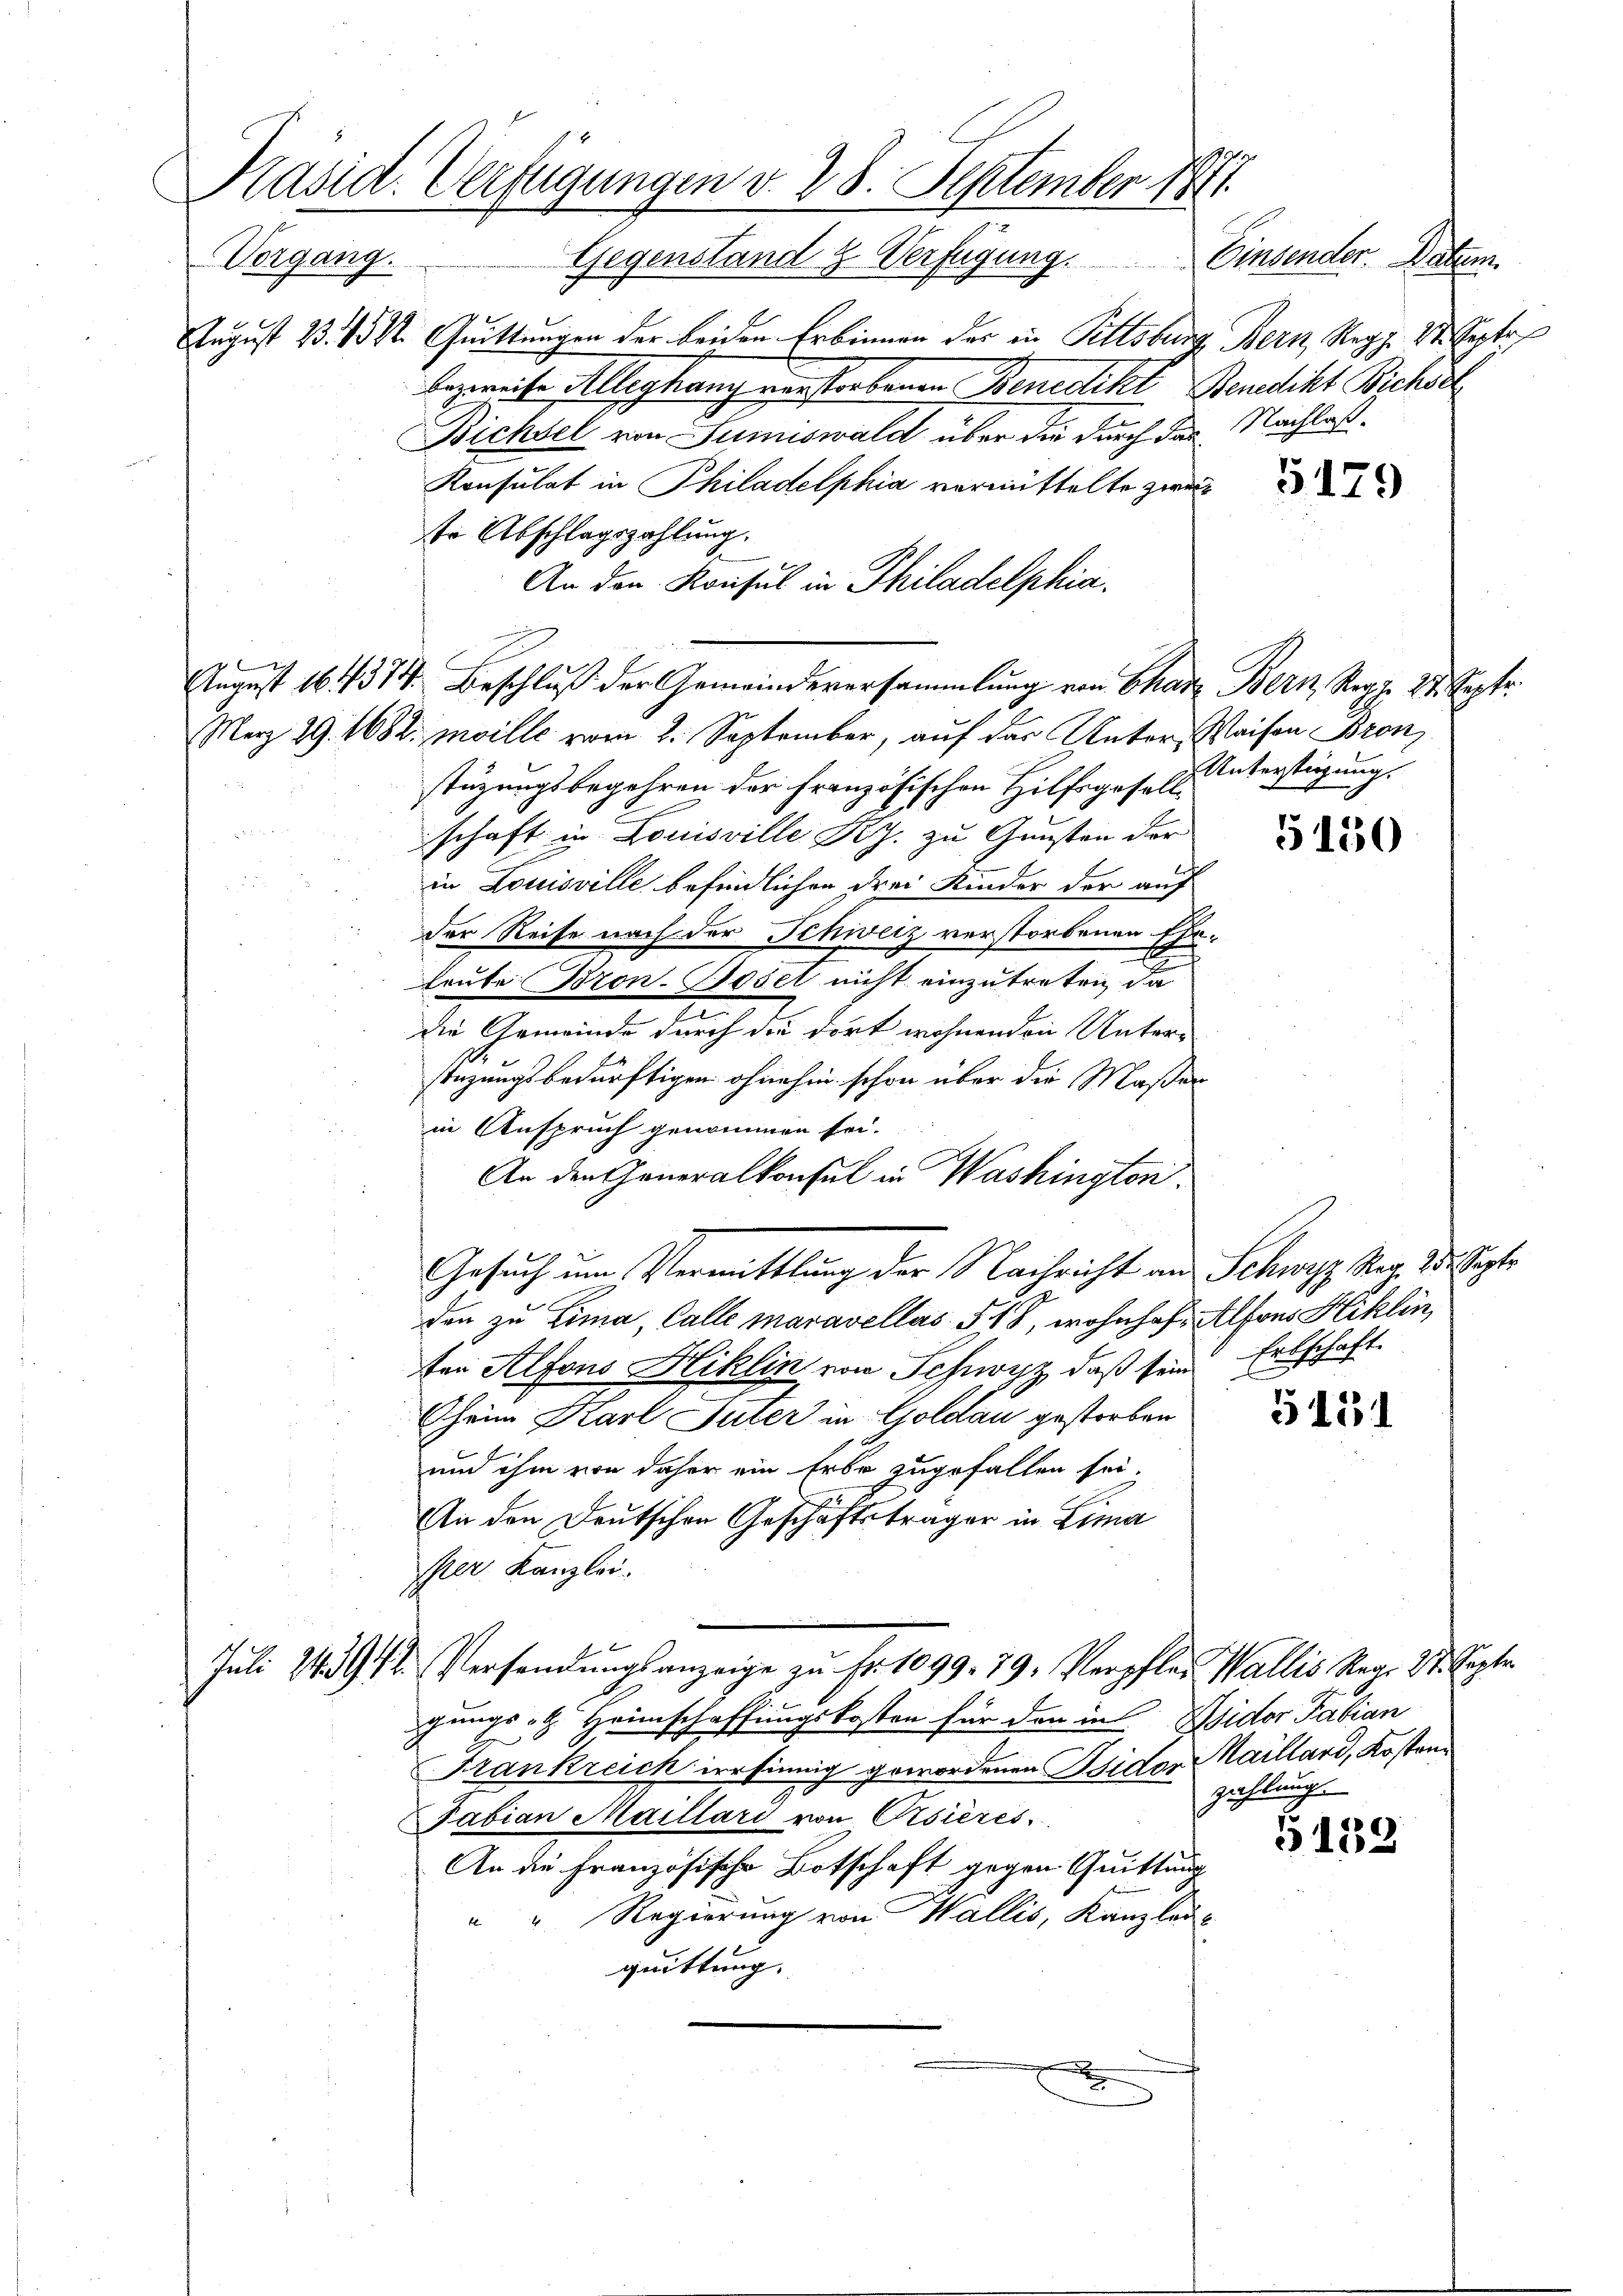
Präsid. Verfügungen v. 28. September 1871.
Vorgang.
Gegenstand & Verfügung. Einsender. Datum
August 23. 152. Quittungen der beiden Erbinnen der in Tellsburg, Bern, Regg. 24. Septe
bezweife Alleghang verstorbenen Benecht Benedikt Bichsel

Bichsel von Sumiswald über die durch das Nachlaß¬
Konsulat in Philadelphia vermittelte zweistüzungsbegehren der französischen Hilfsgesellschaft in Louisville RJ. zu Gunsten der
in Louisville befindlichen drei Kinder der auf
der Reise nach der Schweiz verstorbenen Ehr¬
Leute Bron-Basel nicht einzutreten, da
die Gemeinde durch die dort wohnenden Unterstüzungsbedürftigen ohnehin schon über die Maßen
in Anspruch genommen sei.
An den Generalkonsul in Washington.
Gesuch um Vermittlung der Nachricht an Schwyz Mag. 28. Septe
den zu Lina, Calle maravellos 518, wohnhof Alfons Stiklin,
ser Alfons Hiklin von Schwyz, daß sein Erbschaft.
Chein Karl Guter in Goldau gestorben
und ihm von daher ein Erbe zugefallen sei.
An den Deutschen Geschäftsträger in Lima
ser Kanzlei.
Juli 1912 Versendŭngsanzeige zŭ Fr. 1099. 79. Verpfler Wallis Regr. 27. Septe
gungs- & Heimschaffungskosten für den in Wider Fabian
Frankreich irrsinnig gewordenen Sidor Maillard, Kosten
Fabian Maillard von Osieres
An die Französische Botschaft gegen Quittung
Regierung von Wallis, Kanzlei-
quittung.
m
F

te Abschlagszahlung.
An den Konsul in Philadelphia
August 161379. Beschluß der Gemeindeversammlung von Chart Bern Reg. 24. Septe.
Merz 29. 1082 mville vom 2. September, auf das Unter, Waisen Bronz

G179

Unterstüzung.

5150

5151

zahlung.

5139